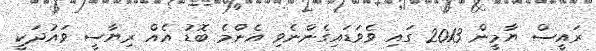
ރައީސް ޔާމީން 2013 ގައި ވެވަޑައިގެންނެވި އެންމެ ބޮޑު އެއް ރިޔާސީ ވައުދަކީ